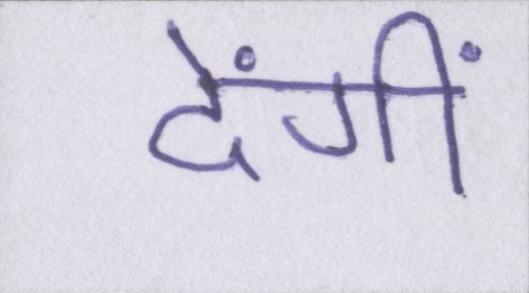
देंगीं